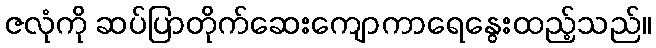
ဇလုံကို ဆပ်ပြာတိုက်ဆေးကျောကာရေနွေးထည့်သည်။